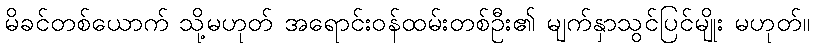
မိခင်တစ်ယောက် သို့မဟုတ် အရောင်းဝန်ထမ်းတစ်ဦး၏ မျက်နှာသွင်ပြင်မျိုး မဟုတ်။